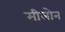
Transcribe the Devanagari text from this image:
मीलोन